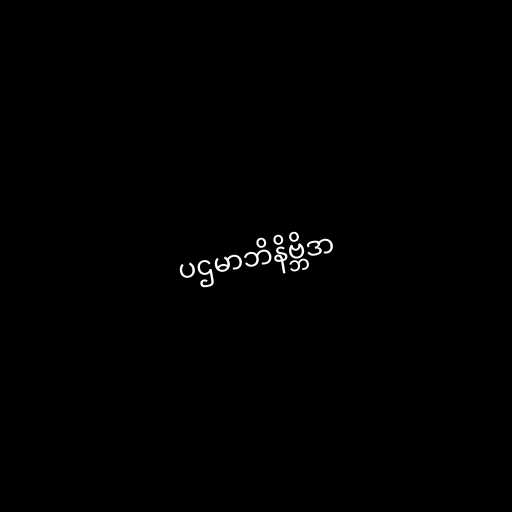
ပဌမာဘိနိဗ္ဘိဒာ